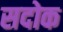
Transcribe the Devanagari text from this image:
सदोक